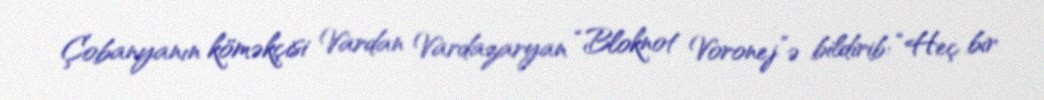
Çobanyanın köməkçisi Vardan Vardazaryan “Bloknot Voronej”ə bildirib: “Heç bir